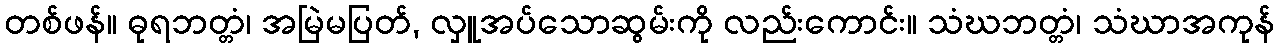
တစ်ဖန်။ ဓုရဘတ္တံ၊ အမြဲမပြတ်, လှူအပ်သောဆွမ်းကို လည်းကောင်း။ သံဃဘတ္တံ၊ သံဃာအကုန်